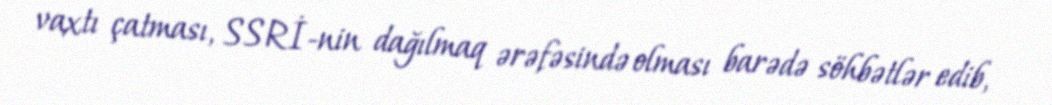
vaxtı çatması, SSRİ-nin dağılmaq ərəfəsində olması barədə söhbətlər edib,